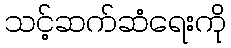
သင့်ဆက်ဆံရေးကို